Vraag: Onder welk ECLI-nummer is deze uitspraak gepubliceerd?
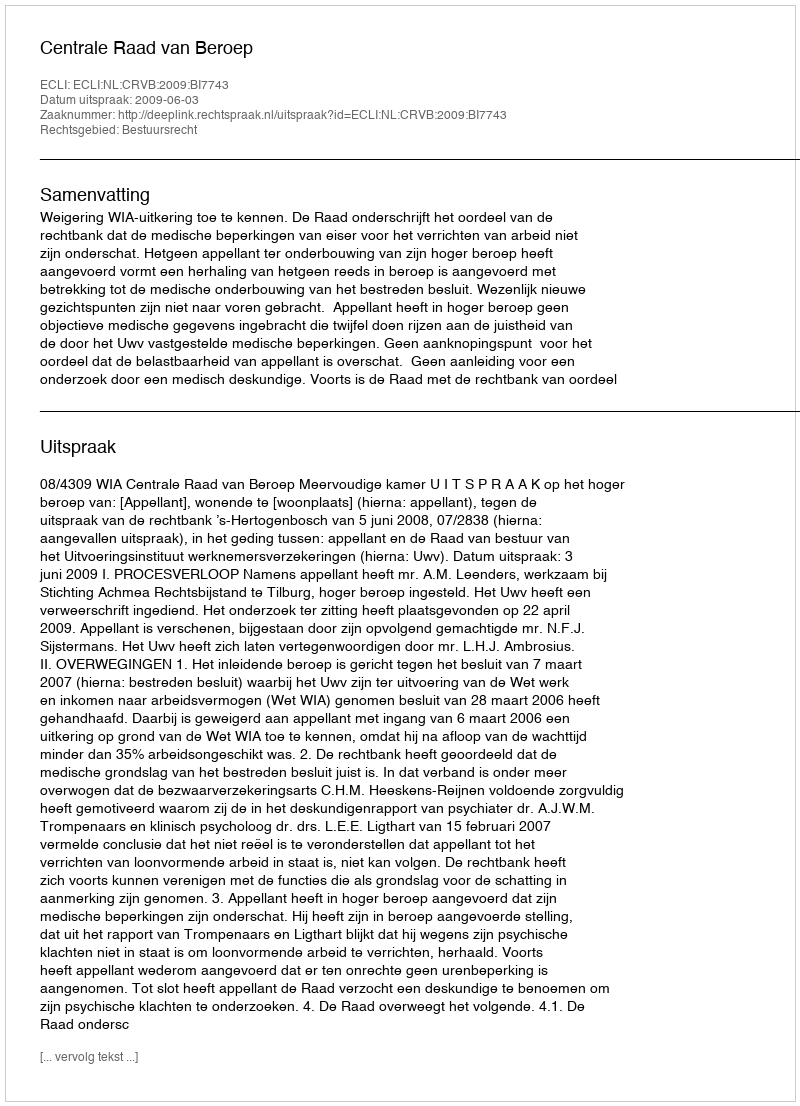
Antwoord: ECLI:NL:CRVB:2009:BI7743